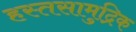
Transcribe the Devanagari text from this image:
हस्तसामुद्रिक